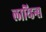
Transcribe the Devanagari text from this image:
लाय्डिन्स